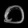
Digit: ၀